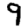
Digit: 9